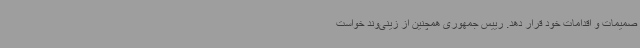
صمیمات و اقدامات خود قرار دهد. رییس جمهوری همچنین از زینی‌وند خواست